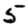
Digit: 5